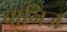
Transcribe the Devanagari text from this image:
बानिज